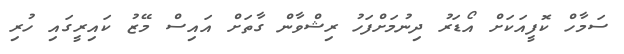
ސަމާހް ކޮފީއަކަށް އޯޑަރު ދިނުމަށްފަހު ރިޝްވާން ގާތަށް އައިސް މޭޒު ކައިރީގައި ހުރި